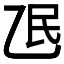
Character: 𬼢